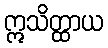
ဣသိတ္ထာယ